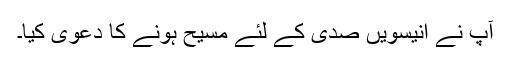
آپ نے انیسویں صدی کے لئے مسیح ہونے کا دعویٰ کیا۔